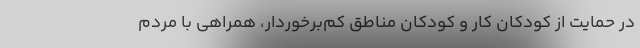
در حمایت از کودکان کار و کودکان مناطق کم‌برخوردار، همراهی با مردم